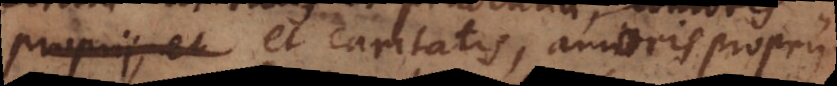
prudentiae et caritatis, amoris proprii